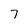
Character: 7